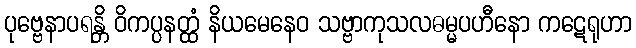
ပုဗ္ဗေနာပရန္တိ ဝိကပ္ပနတ္ထံ နိယမေနေဝ သဗ္ဗာကုသလဓမ္မပဟီနော ကဋေရုဟာ